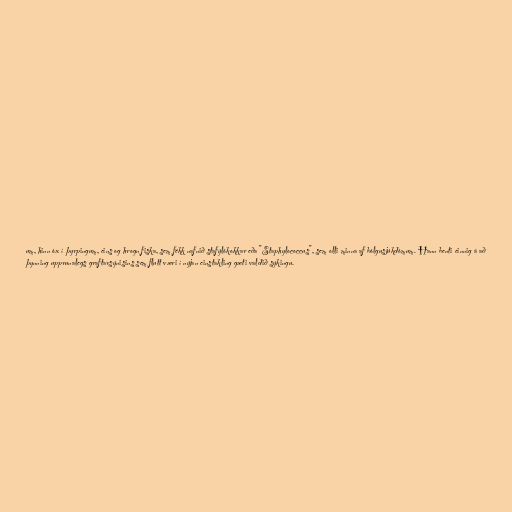
um, hinn óx í þyrpingum, eins og hrogn fiska, sem fékk nafnið stafýlókokkar eða "Staphylococcus", sem olli minna af bólgusjúkdómum. Hann benti einnig á að
þynning upprunalegs graftarsýnisins sem flutt væri í nýjan einstakling gæti valdið sýkingu.